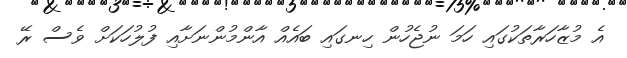
އެ މުޒާހަރާތަކުގައި ހަމަ ނުޖެހުން ހިނގައި ބައެއް އާންމުންނަށާއި ފުލުހަކަށް ވެސް ރޭ